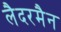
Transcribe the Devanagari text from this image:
लैदरमैन